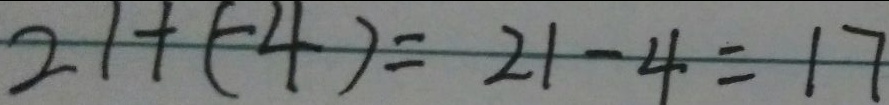
2 1 + ( - 4 ) = 2 1 - 4 = 1 7